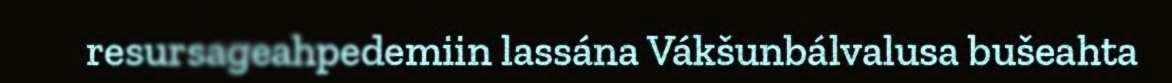
resursageahpedemiin lassána Vákšunbálvalusa bušeahta